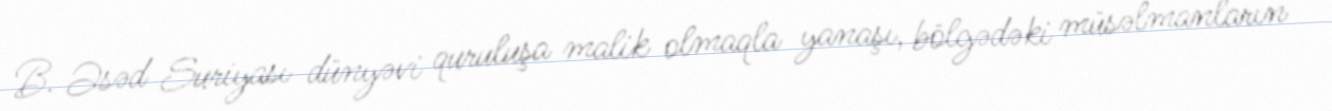
B. Əsəd Suriyası dünyəvi quruluşa malik olmaqla yanaşı, bölgədəki müsəlmanların